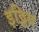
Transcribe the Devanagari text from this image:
इठ्ठिय